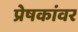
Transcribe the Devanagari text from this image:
प्रेषकांवर